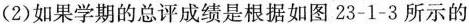
(2)如果学期的总评成绩是根据如图23-1-3所示的